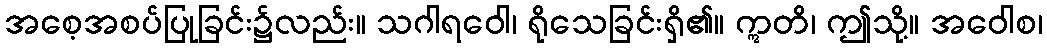
အစေ့အစပ်ပြုခြင်း၌လည်း။ သဂါရဝေါ၊ ရိုသေခြင်းရှိ၏။ ဣတိ၊ ဤသို့။ အဝေါစ၊